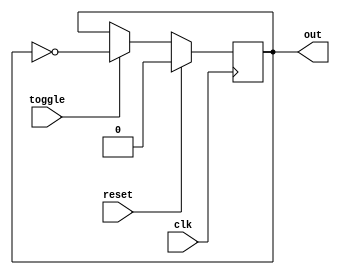
module toggle_ff(
    input clk,
    input reset,
    input toggle,
    output reg out
);
    
    always@(posedge clk) begin
        if(reset)
            out <= 0;
        else if(toggle)
            out <= ~out;
    end



endmodule